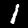
Label: 1